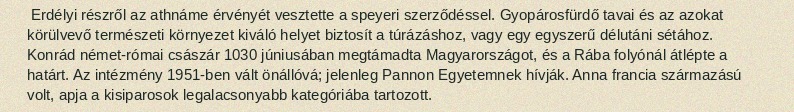
Erdélyi részről az athnáme érvényét vesztette a speyeri szerződéssel. Gyopárosfürdő tavai és az azokat körülvevő természeti környezet kiváló helyet biztosít a túrázáshoz, vagy egy egyszerű délutáni sétához. Konrád német-római császár 1030 júniusában megtámadta Magyarországot, és a Rába folyónál átlépte a határt. Az intézmény 1951-ben vált önállóvá; jelenleg Pannon Egyetemnek hívják. Anna francia származású volt, apja a kisiparosok legalacsonyabb kategóriába tartozott.